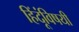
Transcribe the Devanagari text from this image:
हिंदूंविषयी